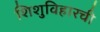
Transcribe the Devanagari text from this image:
शिशुविहारची